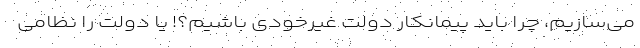
می‌سازیم، چرا باید پیمانکار دولت غیرخودی باشیم؟! یا دولت را نظامی